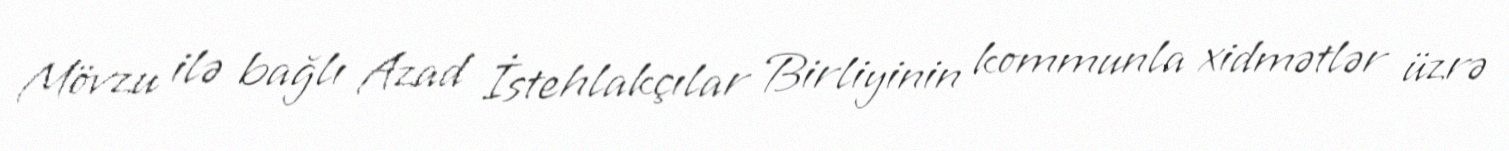
Mövzu ilə bağlı Azad İstehlakçılar Birliyinin kommunla xidmətlər üzrə